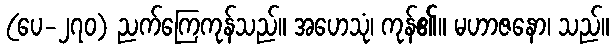
(ပေ-၂၇၀) ညက်ကြေကုန်သည်။ အဟေသုံ၊ ကုန်၏။ မဟာဇနော၊ သည်။